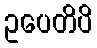
ဥပေတိပိ